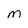
Character: M